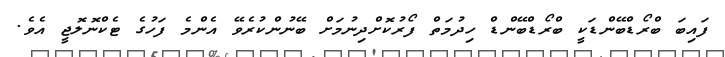
ފައިބަ ބްރޯޑްބޭންޑަކީ ބްރޯޑްބޭންޑް ހިދުމަތް ފޯރުކޮށްދިނުމަށް ބޭނުންކުރެވޭ އެންމެ ފަހުގެ ޓެކްނޮލޮޖީ އެވެ.